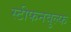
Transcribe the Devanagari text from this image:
स्टीफनवुल्फ